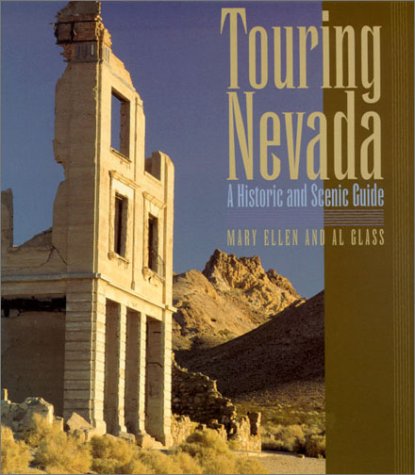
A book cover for Touring Nevada: A Historic And Scenic Guide; Al Glass; Travel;